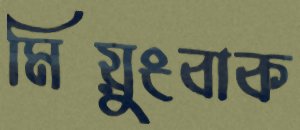
মিয়ুংবাক